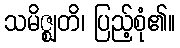
သမိဇ္ဈတိ၊ ပြည့်စုံ၏။